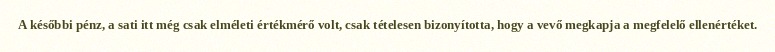
A későbbi pénz, a sati itt még csak elméleti értékmérő volt, csak tételesen bizonyította, hogy a vevő megkapja a megfelelő ellenértéket.